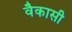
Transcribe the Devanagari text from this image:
वैकासी